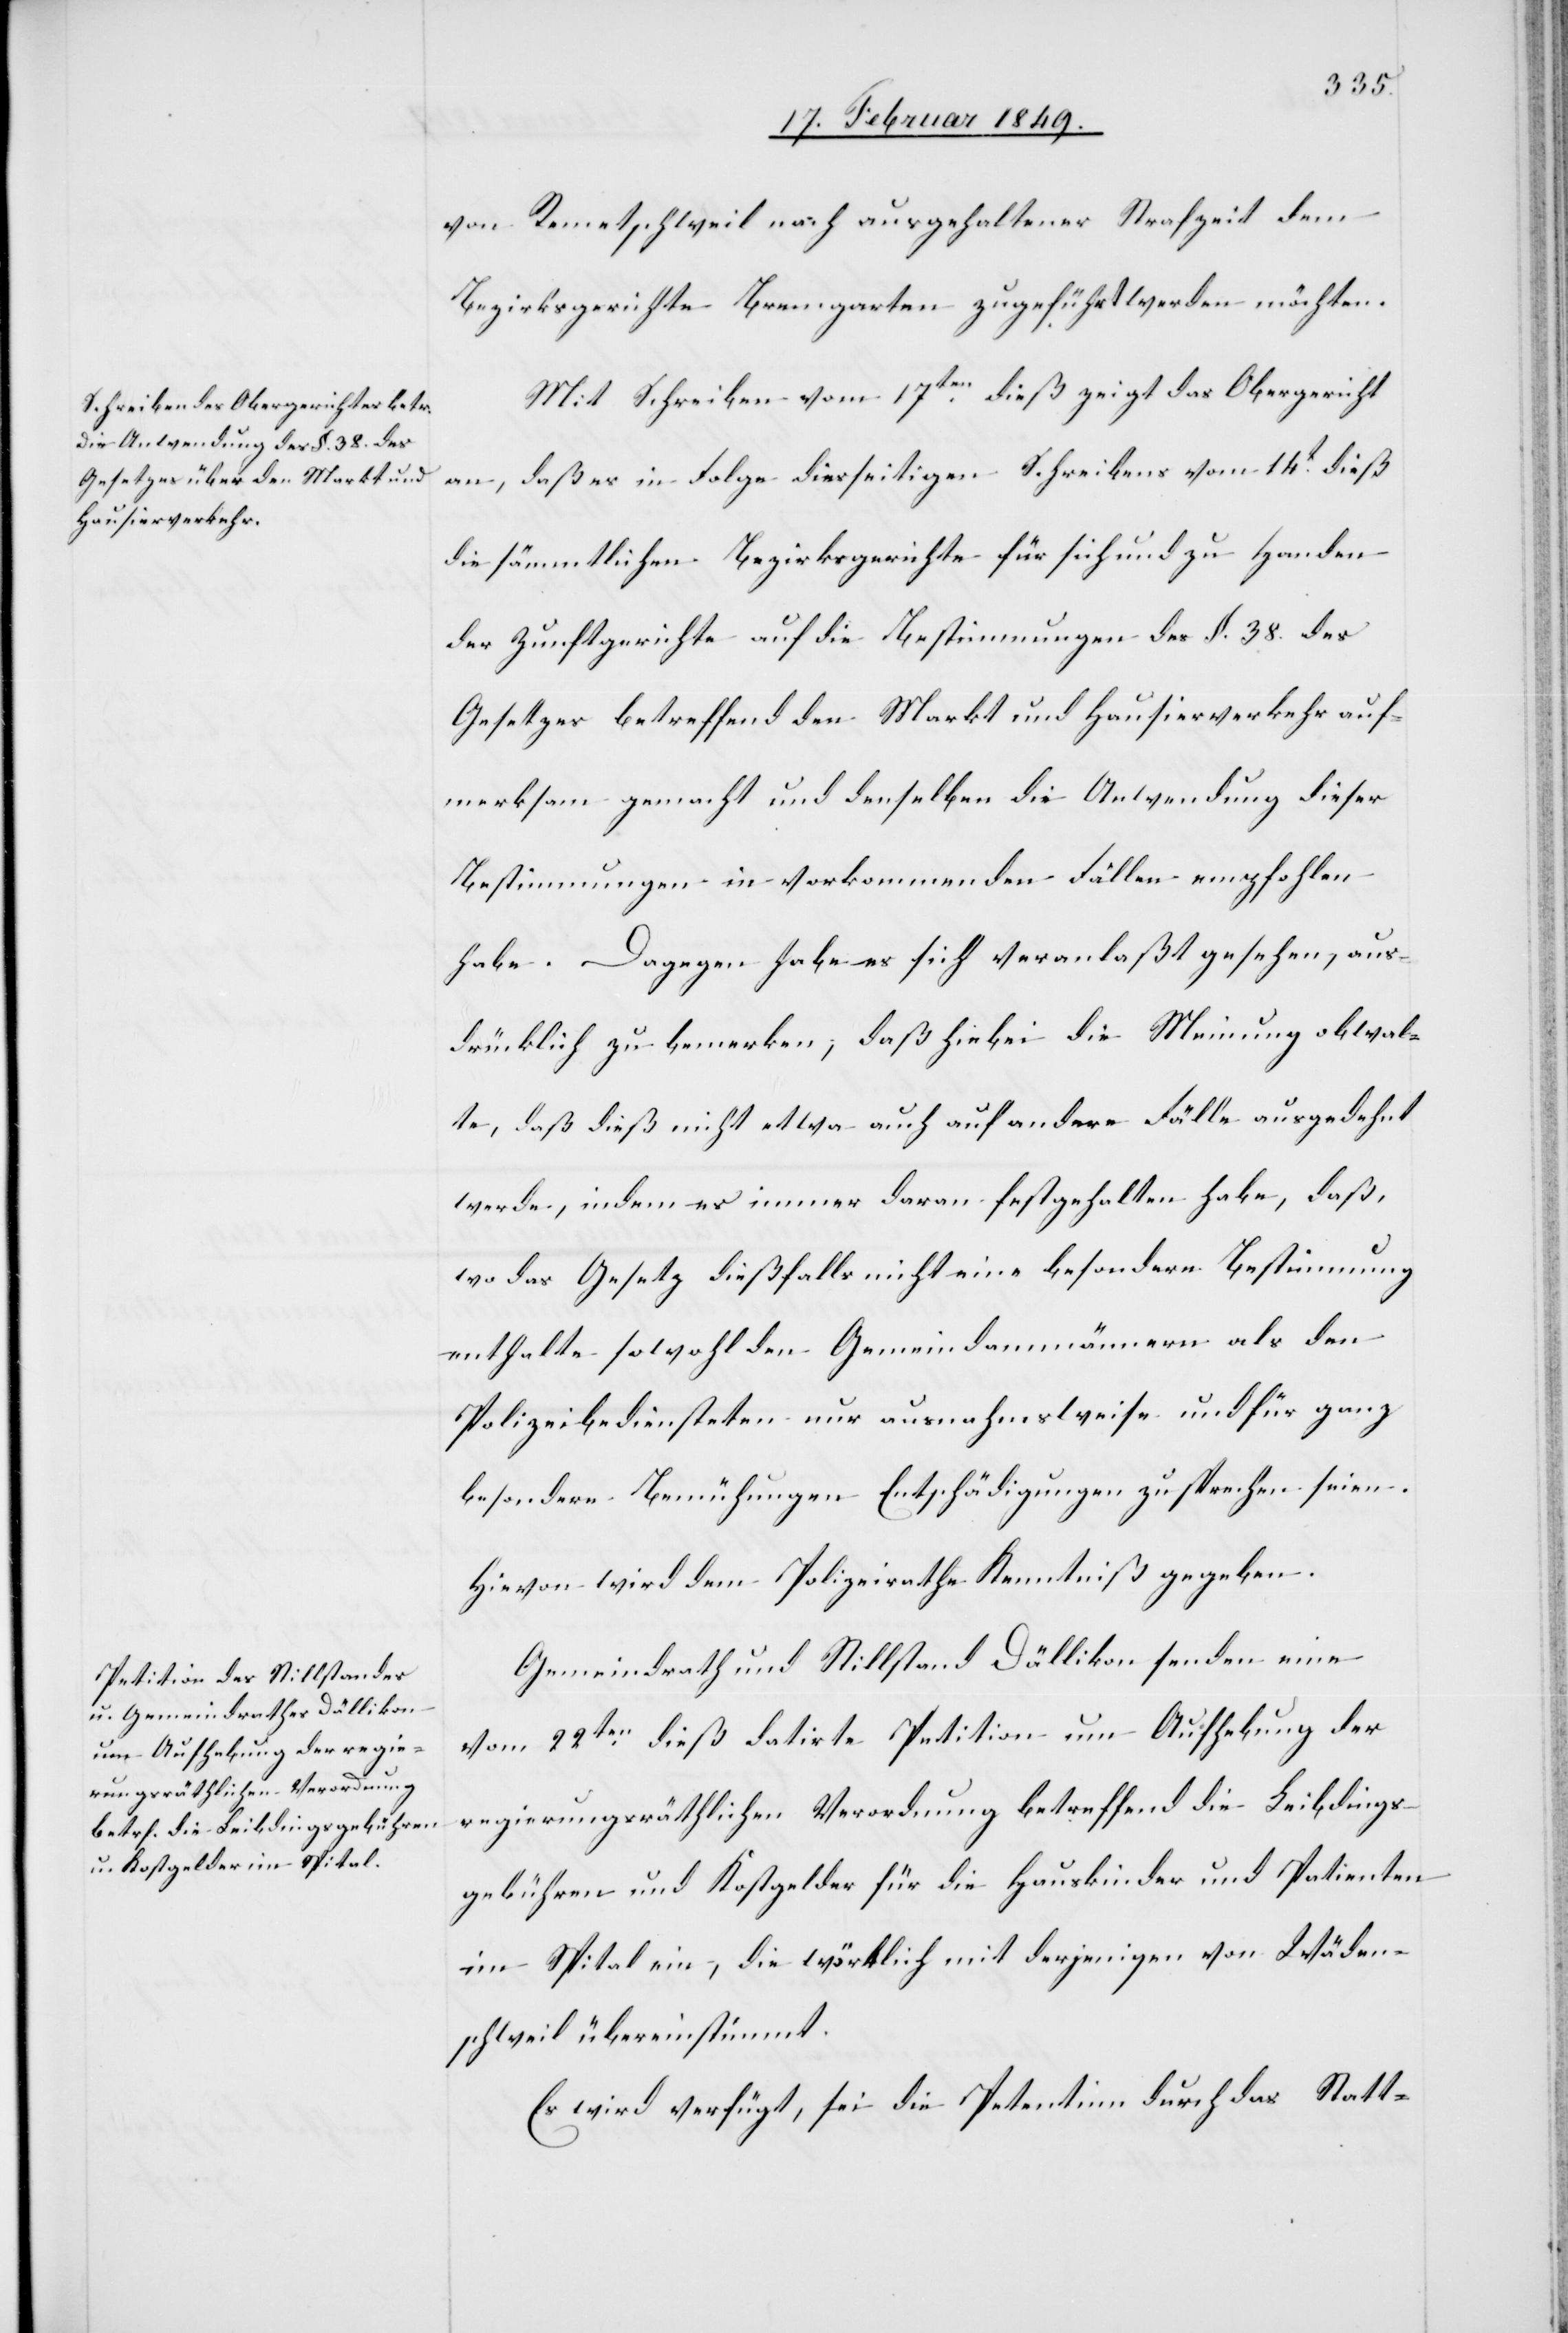
23. Februar 1849.]
von Remetschweil nach ausgehaltener Strafzeit dem
Bezirksgerichte Bremgarten zugeführt werden möchten.
Mit Schreiben vom 17ten. dieß zeigt das Obergericht
an, daß es in Folge diesseitigen Schreibens vom 14t. dieß
die sämmtlichen Bezirksgerichte für sich und zu Handen
der Zunftgerichte auf die Bestimmungen des §. 38. des
Gesetzes betreffend den Markt und Hausierverkehr auf¬
merksam gemacht und denselben die Anwendung dieser
Bestimmungen in vorkommenden Fällen empfohlen
habe. Dagegen habe es sich veranlaßt gesehen, aus¬
drücklich zu bemerken, daß hiebei die Meinung obwal¬
te, daß dieß nicht etwa auch auf andere Fälle ausgedehnt
werde, indem es immer daran festgehalten habe, daß,
wo das Gesetz dießfalls nicht eine besondere Bestimmung
enthalte sowohl den Gemeindammännern als den
Polizeibediensteten nur ausnahmsweise und für ganz
besondere Bemühungen Entschädigungen zu sprechen seien.
Hievon wird dem Polizeirathe Kenntniß gegeben.
Gemeindrath und Stillstand Dällikon senden eine
vom 22ten. dieß datirte Petition um Aufhebung der
regierungsräthlichen Verordnung betreffend die Leibdings¬
gebühren und Kostgelder für die Hauskinder und Patienten
im Spital ein, die wörtlich mit derjenigen von Wäden¬
schweil übereinstimmt.
Es wird verfügt, sei die [sic!] Petentin durch das Statt-